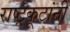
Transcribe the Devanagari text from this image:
राष्ट्रकूटांनी